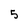
Character: 5